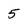
Character: 5